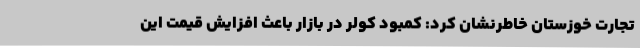
تجارت خوزستان خاطرنشان کرد: کمبود کولر در بازار باعث افزایش قیمت این